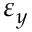
\varepsilon _ { y }